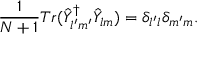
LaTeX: \frac { 1 } { N + 1 } T r ( \hat { Y } _ { l ^ { \prime } m ^ { \prime } } ^ { \dagger } \hat { Y } _ { l m } ) = \delta _ { l ^ { \prime } l } \delta _ { m ^ { \prime } m } .